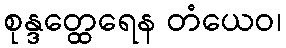
စုန္ဒတ္ထေရေန တံယေဝ၊